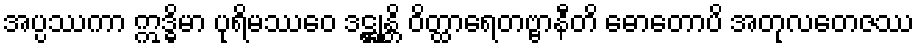
အပ္ပဿကာ ဣဒ္ဓိမာ ပုရိမဿေဝ ဒဋ္ဌုန္တိ ဝိတ္ထာရေတဗ္ဗာနီတိ ဓောတောပိ အတုလတေဇဿ